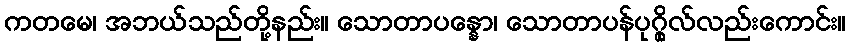
ကတမေ၊ အဘယ်သည်တို့နည်း။ သောတာပန္နော၊ သောတာပန်ပုဂ္ဂိုလ်လည်းကောင်း။